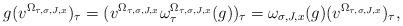
LaTeX: \begin{align*}g (v^{\Omega_{\tau,\sigma,J,x}})_\tau = (v^{\Omega_{\tau,\sigma,J,x}}\omega_\tau^{\Omega_{\tau,\sigma,J,x}}(g))_\tau = \omega_{\sigma,J,x}(g) (v^{\Omega_{\tau,\sigma,J,x}} )_\tau,\end{align*}